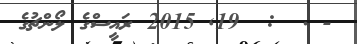
- .  :  19